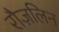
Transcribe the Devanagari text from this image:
रौज़लिन